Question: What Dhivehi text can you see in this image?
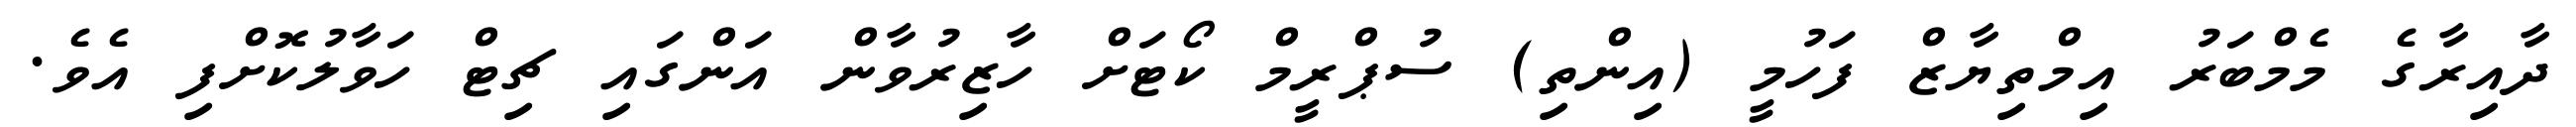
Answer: ދާއިރާގެ މެމްބަރު އިމްތިޔާޒް ފަހުމީ (އިންތި) ސުޕްރީމް ކޯޓަށް ހާޒިރުވާން އަންގައި ޗިޓް ހަވާލުކޮށްފި އެވެ.